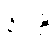
ဦးထိ